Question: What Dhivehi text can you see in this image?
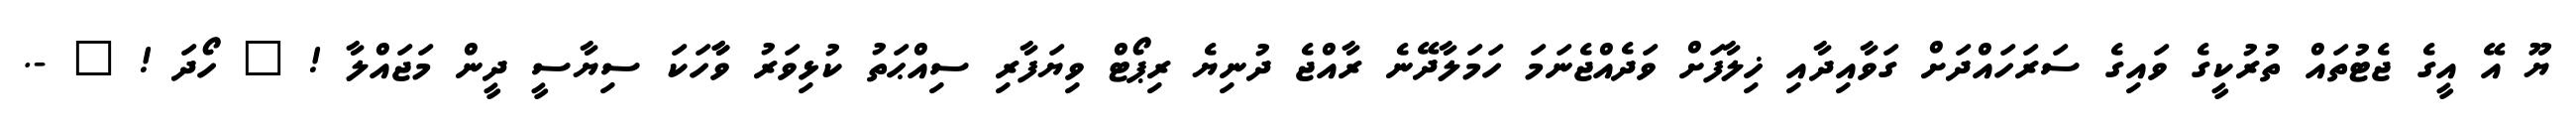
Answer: ޔޫ އޭ އީގެ ޖެޓުތައް ތުރުކީގެ ވައިގެ ސަރަހައްދަށް ގަވާއިދާއި ޚިލާފަށް ވަދެއްޖެނަމަ ހަމަލާދޭނެ ރާއްޖެ ދުނިޔެ ރިޕޯޓް ވިޔަފާރި ސިއްޙަތު ކުޅިވަރު ވާާހަކަ ސިޔާސީ ދީން މަޖައްލާ ! ? ހޯދަ ! ? -.